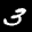
Label: 3